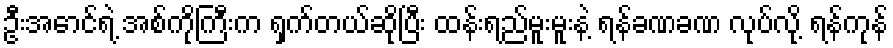
ဦးအောင်ရဲ့ အစ်ကိုကြီးက ရှက်တယ်ဆိုပြီး ထန်းရည်မူးမူးနဲ့ ရန်ခဏခဏ လုပ်လို့ ရန်ကုန်